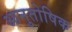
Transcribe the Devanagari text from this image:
आनुतोषिक